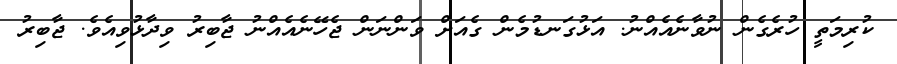
ކުރިމަތީ ހުރެގެން ނުވާނެއެއްނު. އަޅުގަނޑުމެން ގެއަށް ވަންނަން ޖެހޭނެއެއްނު ޖާބިރު ވިދާޅުވިއެވެ. ޖާބިރު